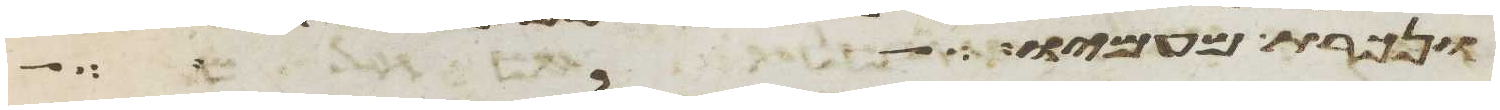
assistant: ונכרת מעמיו